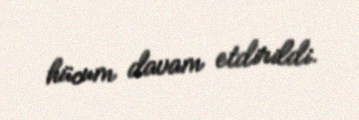
hücum davam etdirildi.